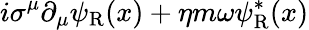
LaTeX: i\sigma^{\mu}\partial_{\mu}\psi_{\mathrm{{R}}}(x)+\eta m\omega\psi_{\mathrm{{R}}}^{*}(x)